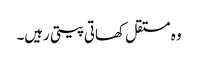
وہ مستقل کھاتی پیتی رہیں۔